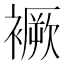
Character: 䙠